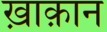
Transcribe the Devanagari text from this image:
ख़ाक़ान